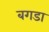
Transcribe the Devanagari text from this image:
बगडा